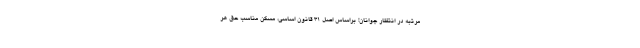
مرتبه در انتظار جوانان! براساس اصل 31 قانون اساسی، مسکن مناسب حق هر